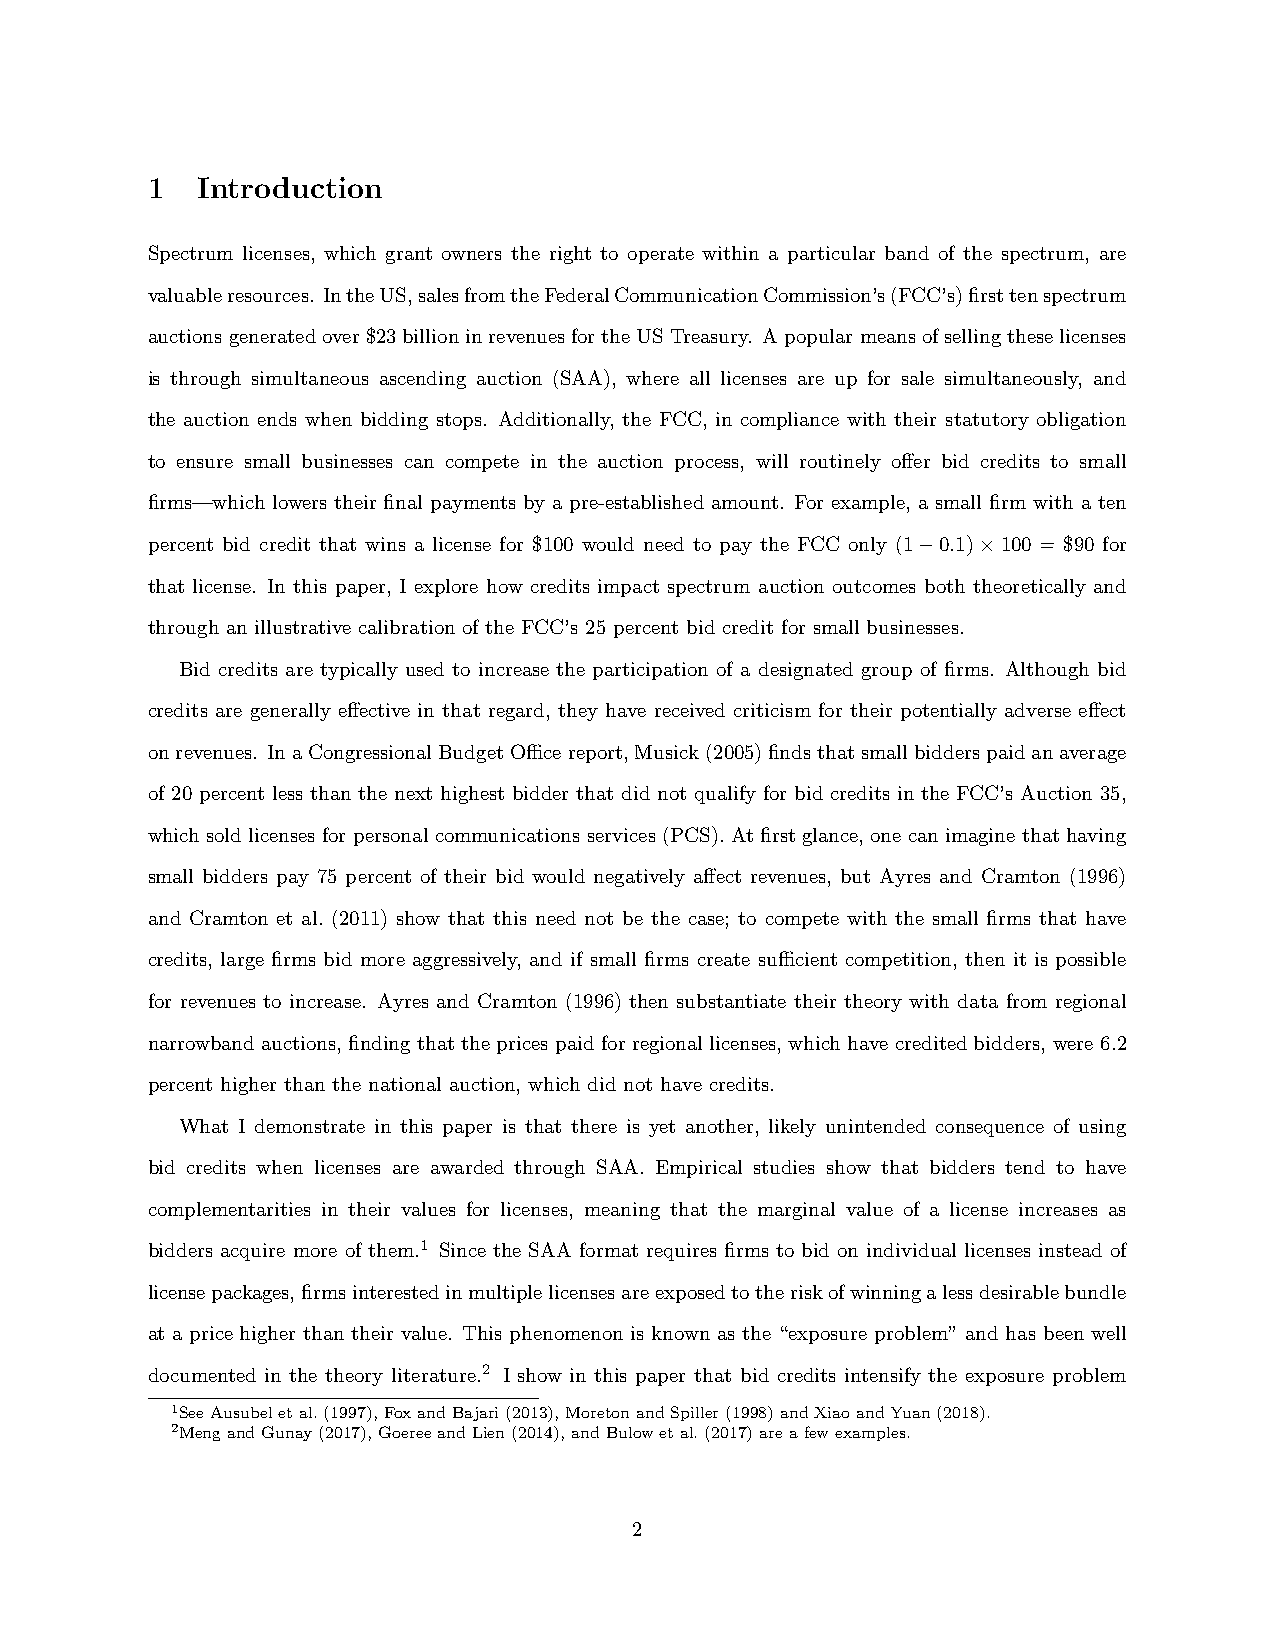
1  Introduction
 Spectrum licenses, which grant owners the right to operate within a particular band of the spectrum, are
 valuableresources. IntheUS,salesfromtheFederalCommunicationCommission’s(FCC’s)firsttenspectrum
 auctionsgeneratedover$23billioninrevenuesfortheUSTreasury. Apopularmeansofsellingtheselicenses
 is through simultaneous ascending auction (SAA), where all licenses are up for sale simultaneously, and
 the auction ends when bidding stops. Additionally, the FCC, in compliance with their statutory obligation
 to ensure small businesses can compete in the auction process, will routinely offer bid credits to small
 firms—which lowers their final payments by a pre-established amount. For example, a small firm with a ten
 percent bid credit that wins a license for $100 would need to pay the FCC only (1−0.1)×100 = $90 for
 that license. In this paper, I explore how credits impact spectrum auction outcomes both theoretically and
 through an illustrative calibration of the FCC’s 25 percent bid credit for small businesses.
 Bid credits are typically used to increase the participation of a designated group of firms. Although bid
 credits are generally effective in that regard, they have received criticism for their potentially adverse effect
 onrevenues. InaCongressionalBudgetOfficereport,Musick(2005)findsthatsmallbidderspaidanaverage
 of 20 percent less than the next highest bidder that did not qualify for bid credits in the FCC’s Auction 35,
 which sold licenses for personal communications services (PCS). At first glance, one can imagine that having
 small bidders pay 75 percent of their bid would negatively affect revenues, but Ayres and Cramton (1996)
 and Cramton et al. (2011) show that this need not be the case; to compete with the small firms that have
 credits, large firms bid more aggressively, and if small firms create sufficient competition, then it is possible
 for revenues to increase. Ayres and Cramton (1996) then substantiate their theory with data from regional
 narrowband auctions, finding that the prices paid for regional licenses, which have credited bidders, were 6.2
 percent higher than the national auction, which did not have credits.
 What I demonstrate in this paper is that there is yet another, likely unintended consequence of using
 bid credits when licenses are awarded through SAA. Empirical studies show that bidders tend to have
 complementarities in their values for licenses, meaning that the marginal value of a license increases as
 bidders acquire more of them.1 Since the SAA format requires firms to bid on individual licenses instead of
 licensepackages,firmsinterestedinmultiplelicensesareexposedtotheriskofwinningalessdesirablebundle
 at a price higher than their value. This phenomenon is known as the “exposure problem” and has been well
 documented in the theory literature.2 I show in this paper that bid credits intensify the exposure problem
 1SeeAusubeletal.(1997),FoxandBajari(2013),MoretonandSpiller(1998)andXiaoandYuan(2018).
 2MengandGunay(2017),GoereeandLien(2014),andBulowetal.(2017)areafewexamples.
 2